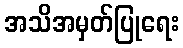
အသိအမှတ်ပြုရေး